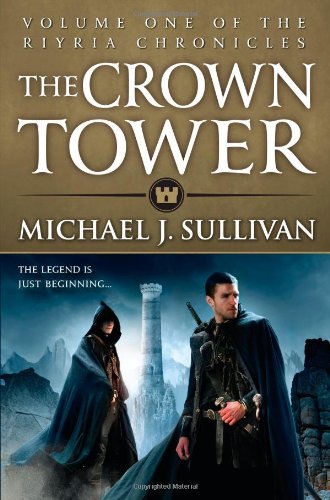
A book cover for The Crown Tower (The Riyria Chronicles); Michael J. Sullivan; Literature & Fiction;